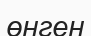
өнген